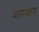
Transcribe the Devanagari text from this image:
बास्कर